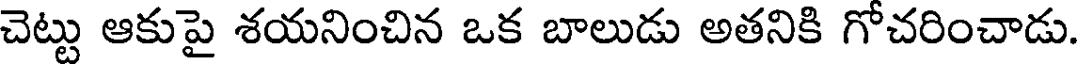
చెట్టు ఆకుపై శయనించిన ఒక బాలుడు అతనికి గోచరించాడు.